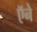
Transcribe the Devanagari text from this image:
ऍने